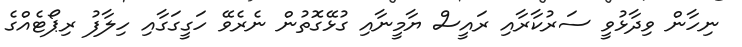
ނިހާން ވިދާޅުވީ ސަރުކާރާއި ރައީސް ޔާމީނާއި ގުޅޭގޮތުން ނެރެވޭ ހަގީގަގާއި ހިލާފު ރިޕޯޓެއްގެ